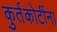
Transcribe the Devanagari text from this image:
कुर्तकोटींना